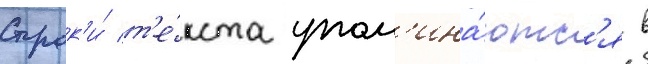
Строк'и́ т'е́кста упом'ина́ютс'я в